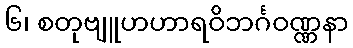
၆၊ စတုဗျူဟဟာရဝိဘင်္ဂဝဏ္ဏနာ